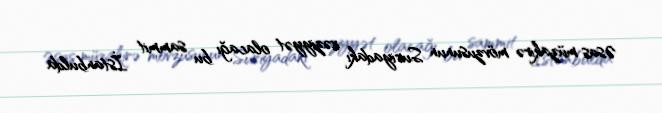
Əsas müzakirə mövzusunun Suriyadakı vəziyyət olacağı bu sammit İstanbulda